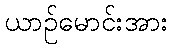
ယာဉ်မောင်းအား